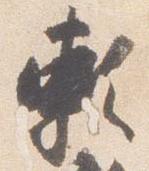
頼